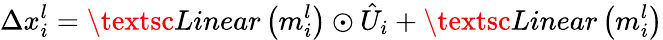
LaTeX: \Delta x_{i}^{l}=\textsc{Linear}\left(m_{i}^{l}\right)\odot\hat{U}_{i}+\textsc{Linear}\left(m_{i}^{l}\right)